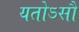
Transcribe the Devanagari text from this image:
यतोऽसौ